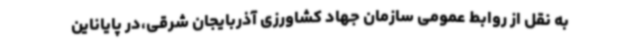
به نقل از روابط عمومی سازمان جهاد کشاورزی آذربایجان شرقی،در پایاناین